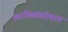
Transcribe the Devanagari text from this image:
स्थानिकांबरोबरच